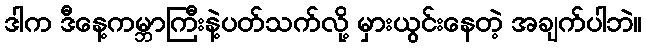
ဒါက ဒီနေ့ကမ္ဘာကြီးနဲ့ပတ်သက်လို့ မှားယွင်းနေတဲ့ အချက်ပါဘဲ။